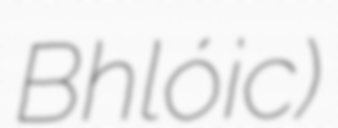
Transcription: Bhlóic)